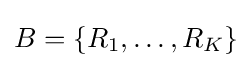
B=\{R_{1},\dots ,R_{K}\}